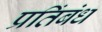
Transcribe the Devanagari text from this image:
प्रतिंबंध